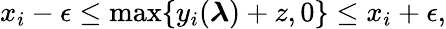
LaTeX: x_{i}-\epsilon\le\operatorname*{max}\{ y_{i}(\boldsymbol{\lambda})+z,0\} \le x_{i}+\epsilon,